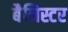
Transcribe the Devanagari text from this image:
बैनिस्टर